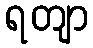
ရတျာ